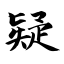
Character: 疑